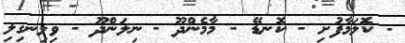
- ކޮލަމާފުށި - ކޮނޑޭ - މާމެންދޫ - ނިލަންދޫ - ވިލިނގިލި